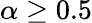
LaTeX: \alpha\ge 0.5